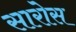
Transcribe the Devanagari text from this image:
सारोस